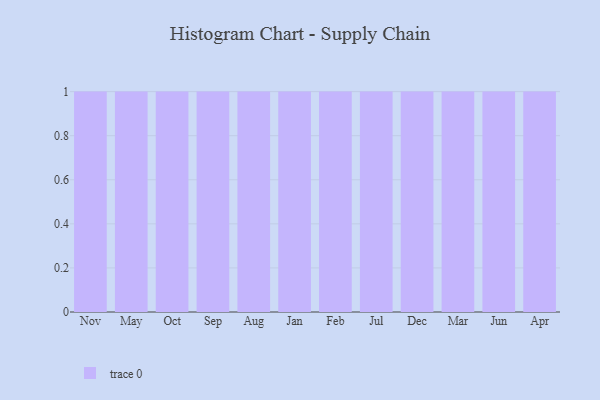
{"axis": {"x": "Month", "y": "Net Income (USD K)"}, "legend": [""], "data": [{"x": "Nov", "y": 63, "type": ""}, {"x": "May", "y": 10, "type": ""}, {"x": "Oct", "y": 2, "type": ""}, {"x": "Sep", "y": 83, "type": ""}, {"x": "Aug", "y": 42, "type": ""}, {"x": "Jan", "y": 32, "type": ""}, {"x": "Feb", "y": 37, "type": ""}, {"x": "Jul", "y": 99, "type": ""}, {"x": "Dec", "y": 26, "type": ""}, {"x": "Mar", "y": 82, "type": ""}, {"x": "Jun", "y": 3, "type": ""}, {"x": "Apr", "y": 19, "type": ""}]}